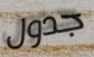
جدول